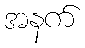
အနက်